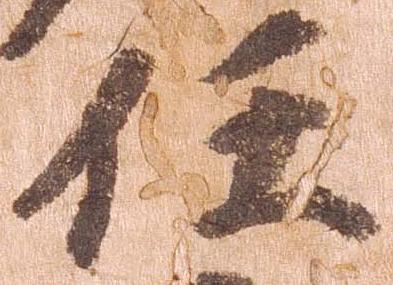
任